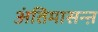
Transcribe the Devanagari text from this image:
अंतिमासन्ऩ